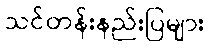
သင်တန်းနည်းပြများ